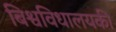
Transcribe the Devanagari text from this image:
बिश्वविधालयकी